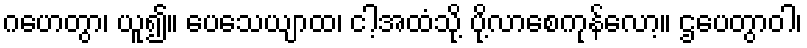
ဂဟေတွာ၊ ယူ၍။ ပေသေယျာထ၊ ငါ့အထံသို့ ပို့လာစေကုန်လော့။ ဌပေတွာဝါ၊